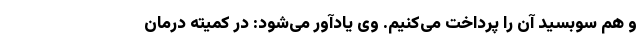
و هم سوبسید آن را پرداخت می‌کنیم. وی یادآور می‌شود: در کمیته درمان